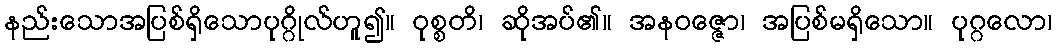
နည်းသောအပြစ်ရှိသောပုဂ္ဂိုလ်ဟူ၍။ ဝုစ္စတိ၊ ဆိုအပ်၏။ အနဝဇ္ဇော၊ အပြစ်မရှိသော။ ပုဂ္ဂလော၊